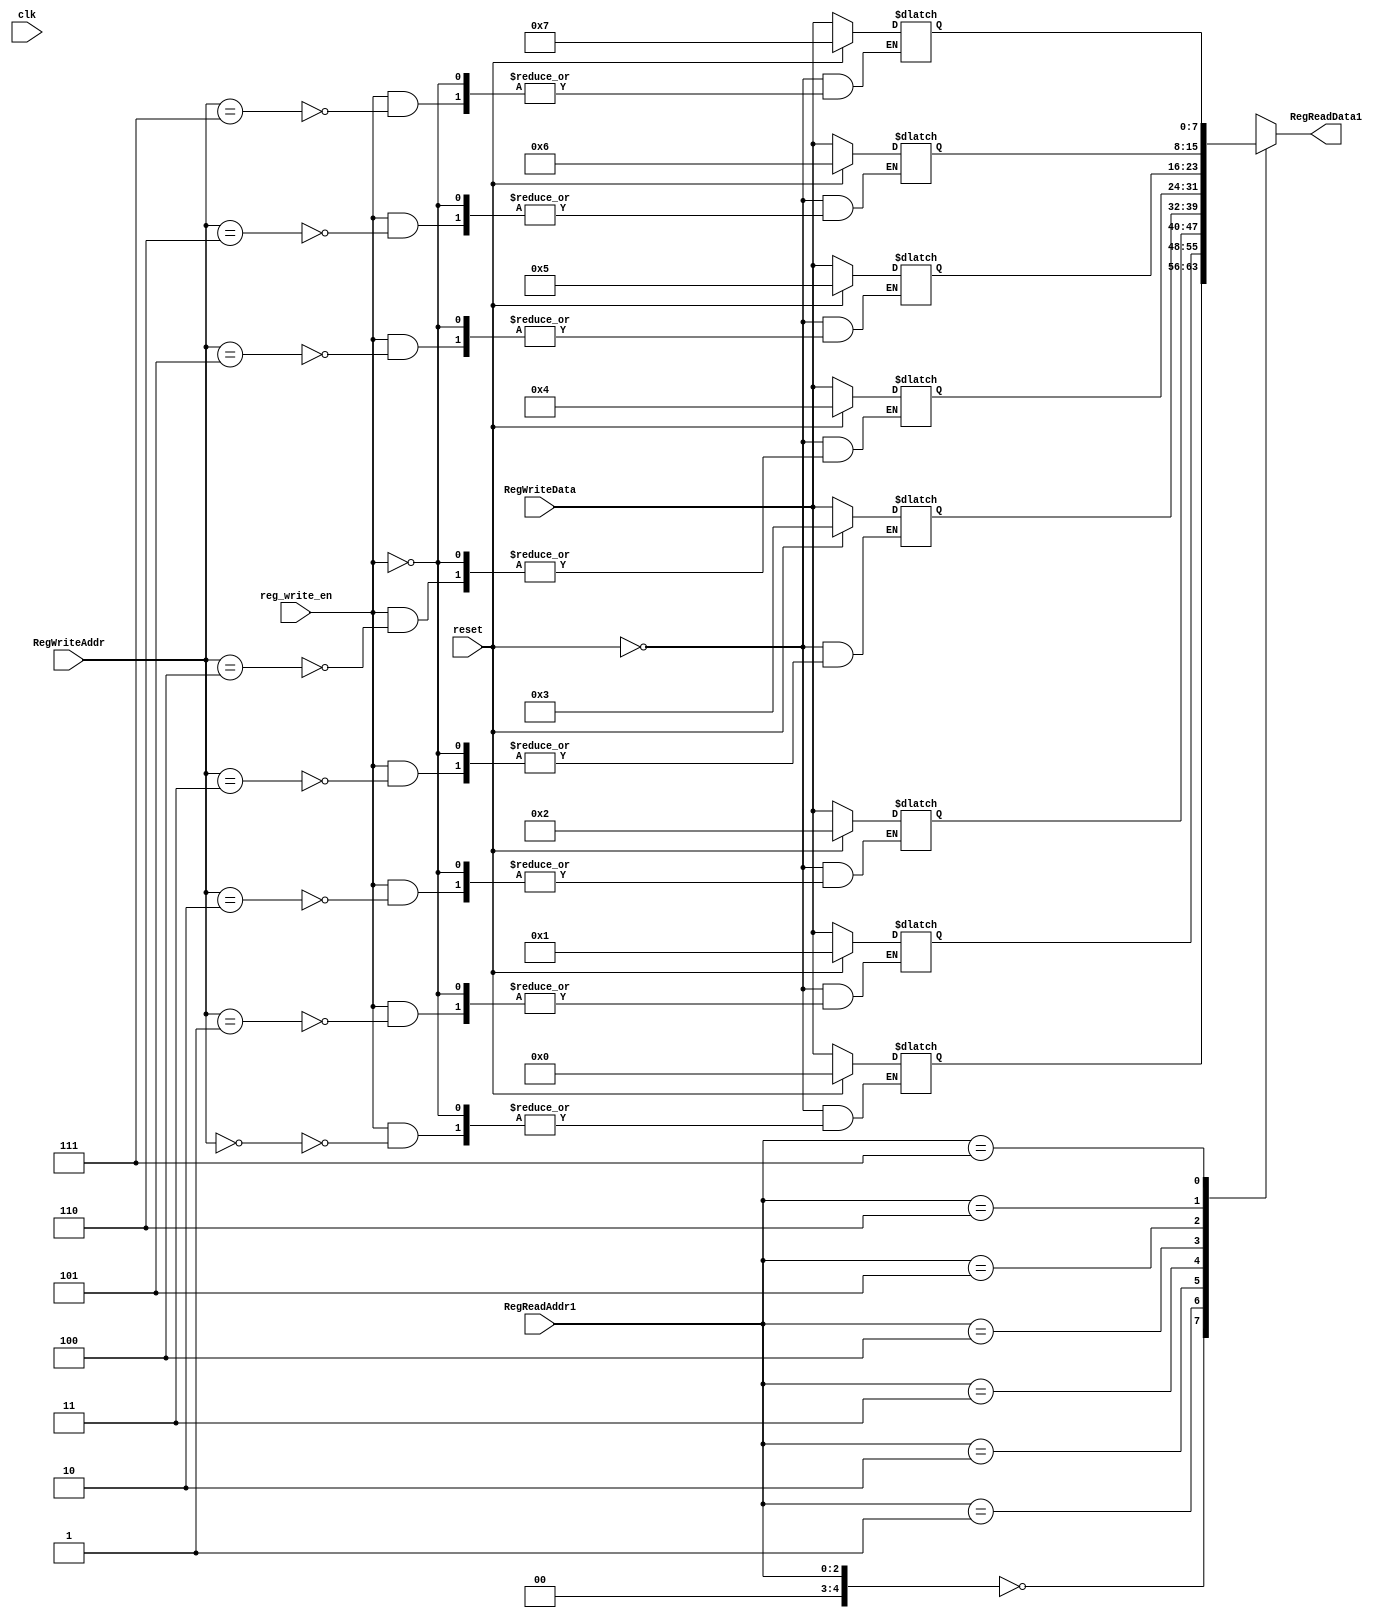
`timescale 1ns / 1ps
//////////////////////////////////////////////////////////////////////////////////
// Company: 
// Engineer: 
// 
// Design Name: 
// Module Name: RegisterFile
// Project Name: 
// Target Devices: 
// Tool Versions: 
// Description: 
// 
// Dependencies: 
// 
// Revision:
// Revision 0.01 - File Created
// Additional Comments:
// 
//////////////////////////////////////////////////////////////////////////////////


module RegisterFile(
     
     input clk, reg_write_en, reset,
     input [2:0] RegReadAddr1,
     input [2:0] RegWriteAddr,
     input [7:0] RegWriteData,
     output [7:0] RegReadData1
     
     );
     
     //signal declaration 
     reg [7:0] RegMemory[31:0];
     integer k; 
     
     always@(*)
     begin
      //write operation 
         if(reg_write_en) 
            RegMemory[RegWriteAddr] <= RegWriteData;
            //Reset operation
         if(reset)
             begin
                 for(k = 0; k < 32; k = k + 1)
                 RegMemory[k] <= k;
             end
     end 
       

    
          assign   RegReadData1 = RegMemory[RegReadAddr1];

             
endmodule